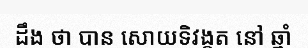
ដឹង ថា បាន សោយទិវង្គត នៅ ឆ្នាំ